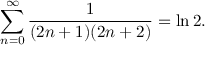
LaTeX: \sum _ { n = 0 } ^ { \infty } { \frac { 1 } { ( 2 n + 1 ) ( 2 n + 2 ) } } = \ln 2 .